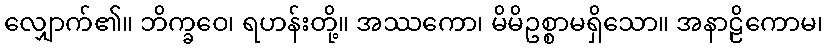
လျှောက်၏။ ဘိက္ခဝေ၊ ရဟန်းတို့။ အဿကော၊ မိမိဥစ္စာမရှိသော။ အနာဠိကောမ၊